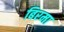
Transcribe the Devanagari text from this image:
बिरमा